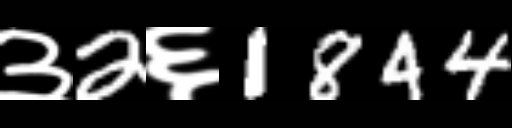
Text: ३2६1844